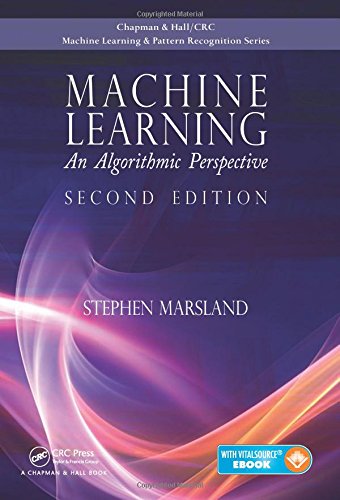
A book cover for Machine Learning: An Algorithmic Perspective, Second Edition (Chapman & Hall/Crc Machine Learning & Pattern Recognition); Stephen Marsland; Computers & Technology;